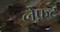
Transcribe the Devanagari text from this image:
लेफ़्ट